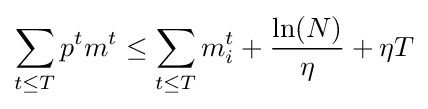
\sum _{t\leq T}p^{t}m^{t}\leq \sum _{t\leq T}m_{i}^{t}+{\frac {\ln(N)}{\eta }}+\eta T